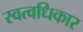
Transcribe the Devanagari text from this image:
स्वत्वधिकार